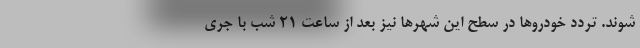
‌شوند. تردد خودروها در سطح این شهرها نیز بعد از ساعت ۲۱ شب با جری